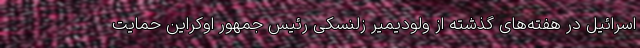
اسرائیل در هفته‌های گذشته از ولودیمیر زلنسکی رئیس جمهور اوکراین حمایت